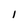
Character: 1